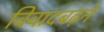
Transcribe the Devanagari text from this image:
विवादबढ़ने